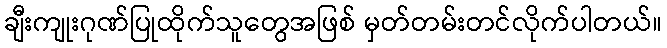
ချီးကျုးဂုဏ်ပြုထိုက်သူတွေအဖြစ် မှတ်တမ်းတင်လိုက်ပါတယ်။